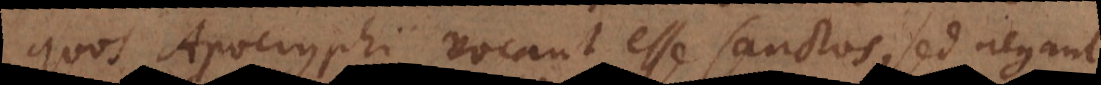
quos Apocryphi vocant esse sanctos, sed negant